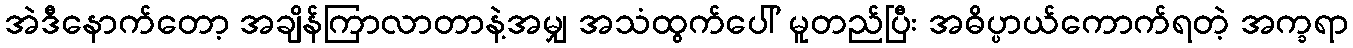
အဲဒီနောက်တော့ အချိန်ကြာလာတာနဲ့အမျှ အသံထွက်ပေါ် မူတည်ပြီး အဓိပ္ပာယ်ကောက်ရတဲ့ အက္ခရာ